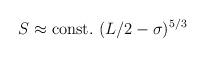
LaTeX: \begin{align*}S\approx{\rm const.}~(L/2-\sigma)^{5/3}\end{align*}